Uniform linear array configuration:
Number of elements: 24
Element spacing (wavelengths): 0.25
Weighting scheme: hamming
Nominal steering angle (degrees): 60
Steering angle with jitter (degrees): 59.688
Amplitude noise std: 0.05
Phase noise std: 0.05

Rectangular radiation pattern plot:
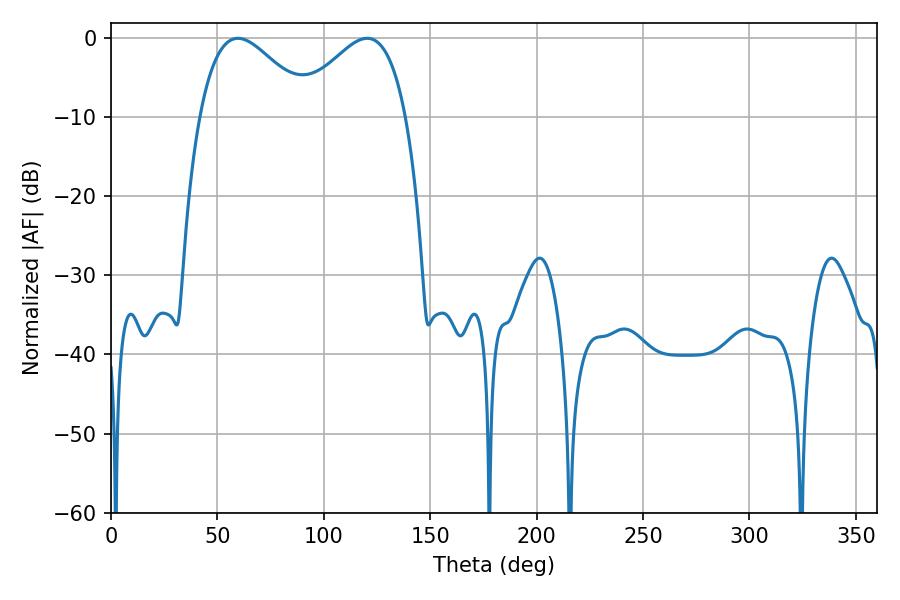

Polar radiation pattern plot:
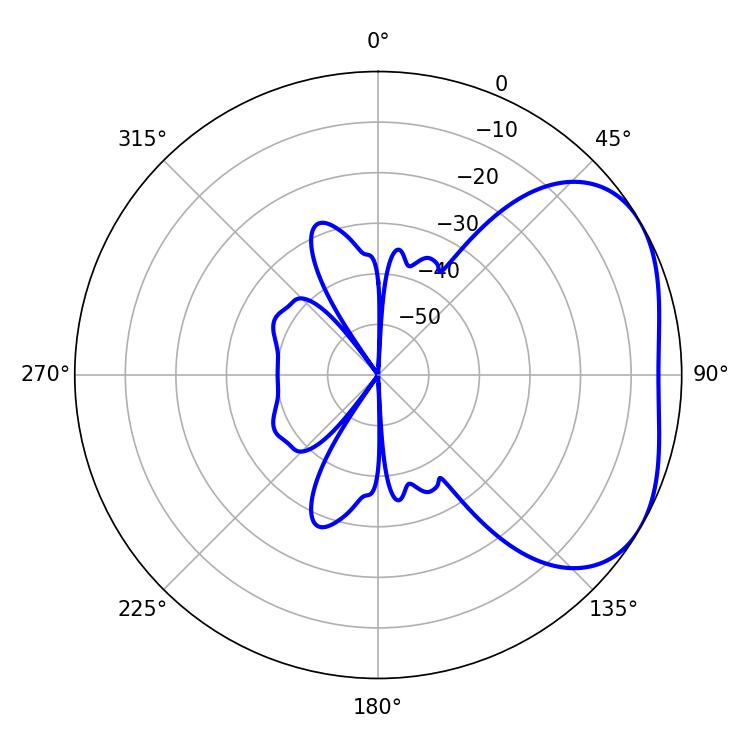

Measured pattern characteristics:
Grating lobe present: FALSE
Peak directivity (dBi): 3.37
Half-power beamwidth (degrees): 28.08
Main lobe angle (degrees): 59.58